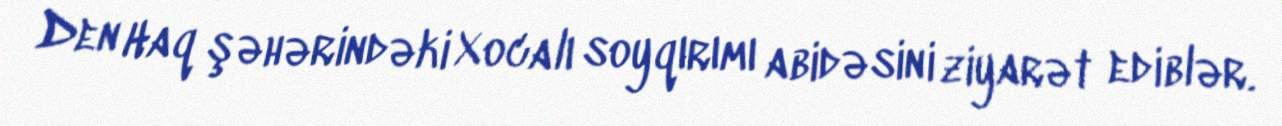
Den Haq şəhərindəki Xocalı soyqırımı abidəsini ziyarət ediblər.